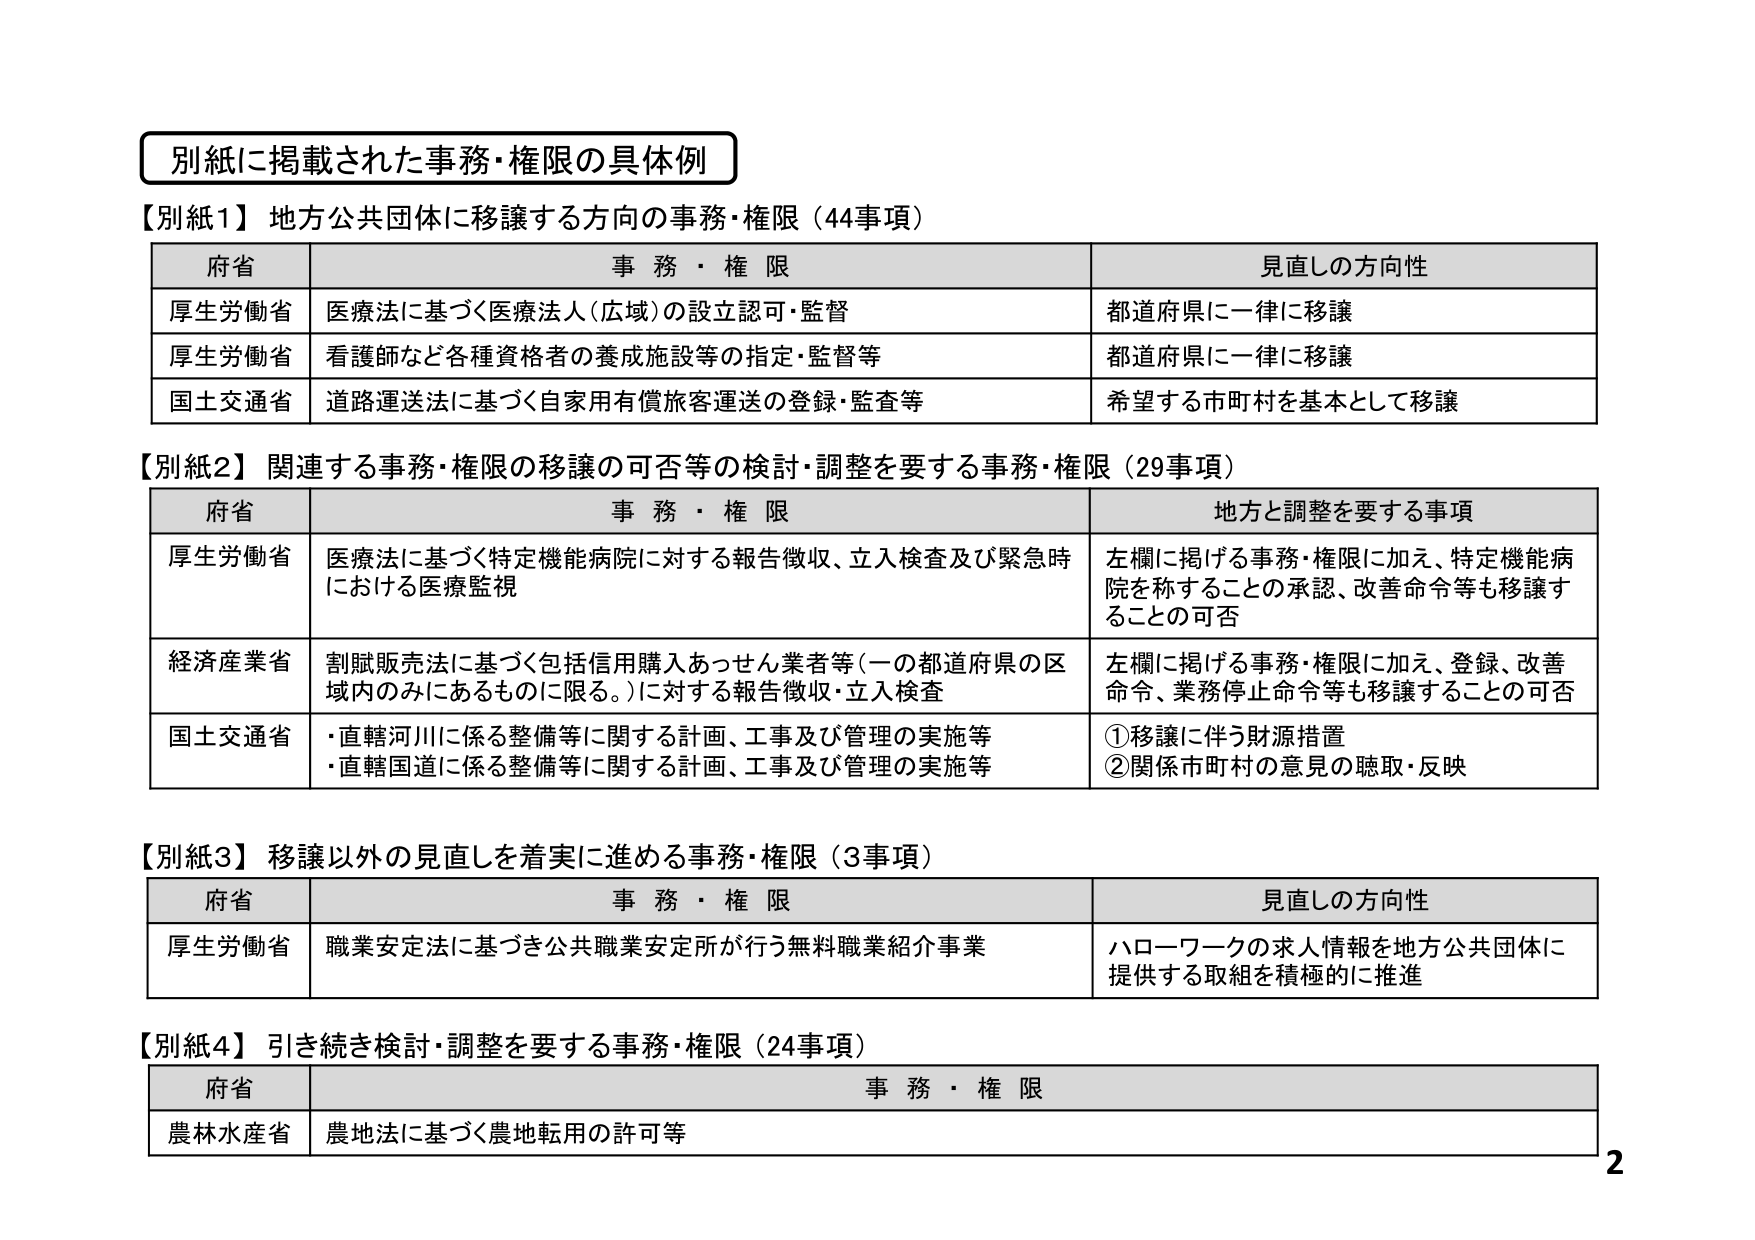
別紙に掲載された事務・権限の具体例

【別紙1】地方公共団体に移譲する方向の事務・権限（44事項）
府省 事務・権限 見直しの方向性
厚生労働省 医療法に基づく医療法人（広域）の設立認可・監督 都道府県に一律に移譲
厚生労働省 看護師など各種資格者の養成施設等の指定・監督等 都道府県に一律に移譲
国土交通省 道路運送法に基づく自家用有償旅客運送の登録・監査等 希望する市町村を基本として移譲

【別紙2】関連する事務・権限の移譲の可否等の検討・調整を要する事務・権限（29事項）
府省 事務・権限 地方と調整を要する事項
厚生労働省 医療法に基づく特定機能病院に対する報告徴収、立入検査及び緊急時における医療監視 左欄に掲げる事務・権限に加え、特定機能病院を称することの承認、改善命令等も移譲することの可否
経済産業省 割賦販売法に基づく包括信用購入あっせん業者等（一の都道府県の区域内のみにあるものに限る。）に対する報告徴収・立入検査 左欄に掲げる事務・権限に加え、登録、改善命令、業務停止命令等も移譲することの可否
国土交通省 ・直轄河川に係る整備等に関する計画、工事及び管理の実施等
・直轄国道に係る整備等に関する計画、工事及び管理の実施等 ①移譲に伴う財源措置
②関係市町村の意見の聴取・反映

【別紙3】移譲以外の見直しを着実に進める事務・権限（3事項）
府省 事務・権限 見直しの方向性
厚生労働省 職業安定法に基づき公共職業安定所が行う無料職業紹介事業 ハローワークの求人情報を地方公共団体に提供する取組を積極的に推進

【別紙4】引き続き検討・調整を要する事務・権限（24事項）
府省 事務・権限
農林水産省 農地法に基づく農地転用の許可等

2